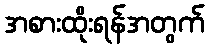
အစားထိုးရန်အတွက်